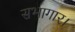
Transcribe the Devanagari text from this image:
सभागार।